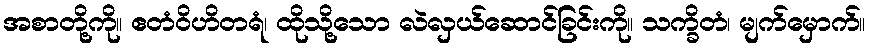
အစာတို့ကို။ ဧတံဝိဟိတရံ၊ ထိုသို့သော လဲလှယ်ဆောင်ခြင်းကို။ သက္ခိတံ၊ မျက်မှောက်။